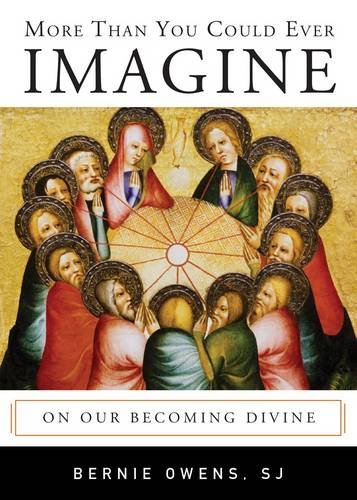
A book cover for More Than You Could Ever Imagine: On Our Becoming Divine; Bernie Owens SJ; Christian Books & Bibles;